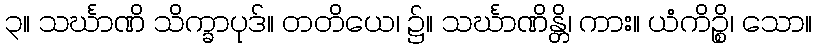
၃။ သင်္ဃာဏိ သိက္ခာပုဒ်။ တတိယေ၊ ၌။ သင်္ဃာဏိန္တိ၊ ကား။ ယံကိဉ္စိ၊ သော။